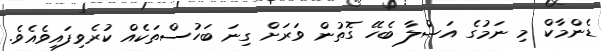
ޑެންމާކް މި ނަމުގެ އަޞްލާ ބެހޭ ގޮތުން ވަރަށް ގިނަ ބަހުސްތަކެެއް ކުރެވިފައިވެއެވެ.